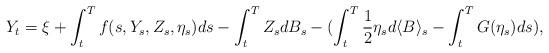
LaTeX: \begin{align*}Y_{t}=\xi+\int_{t}^{T}f(s,Y_{s},Z_{s},\eta_{s})ds-\int_{t}^{T}Z_{s}dB_{s}-(\int_t^T\frac{1}{2}\eta_sd\langle B\rangle_s-\int_t^TG(\eta_s)ds), \end{align*}